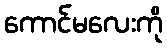
ကောင်မလေးကို